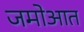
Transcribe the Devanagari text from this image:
जमोआत